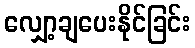
လျှော့ချပေးနိုင်ခြင်း